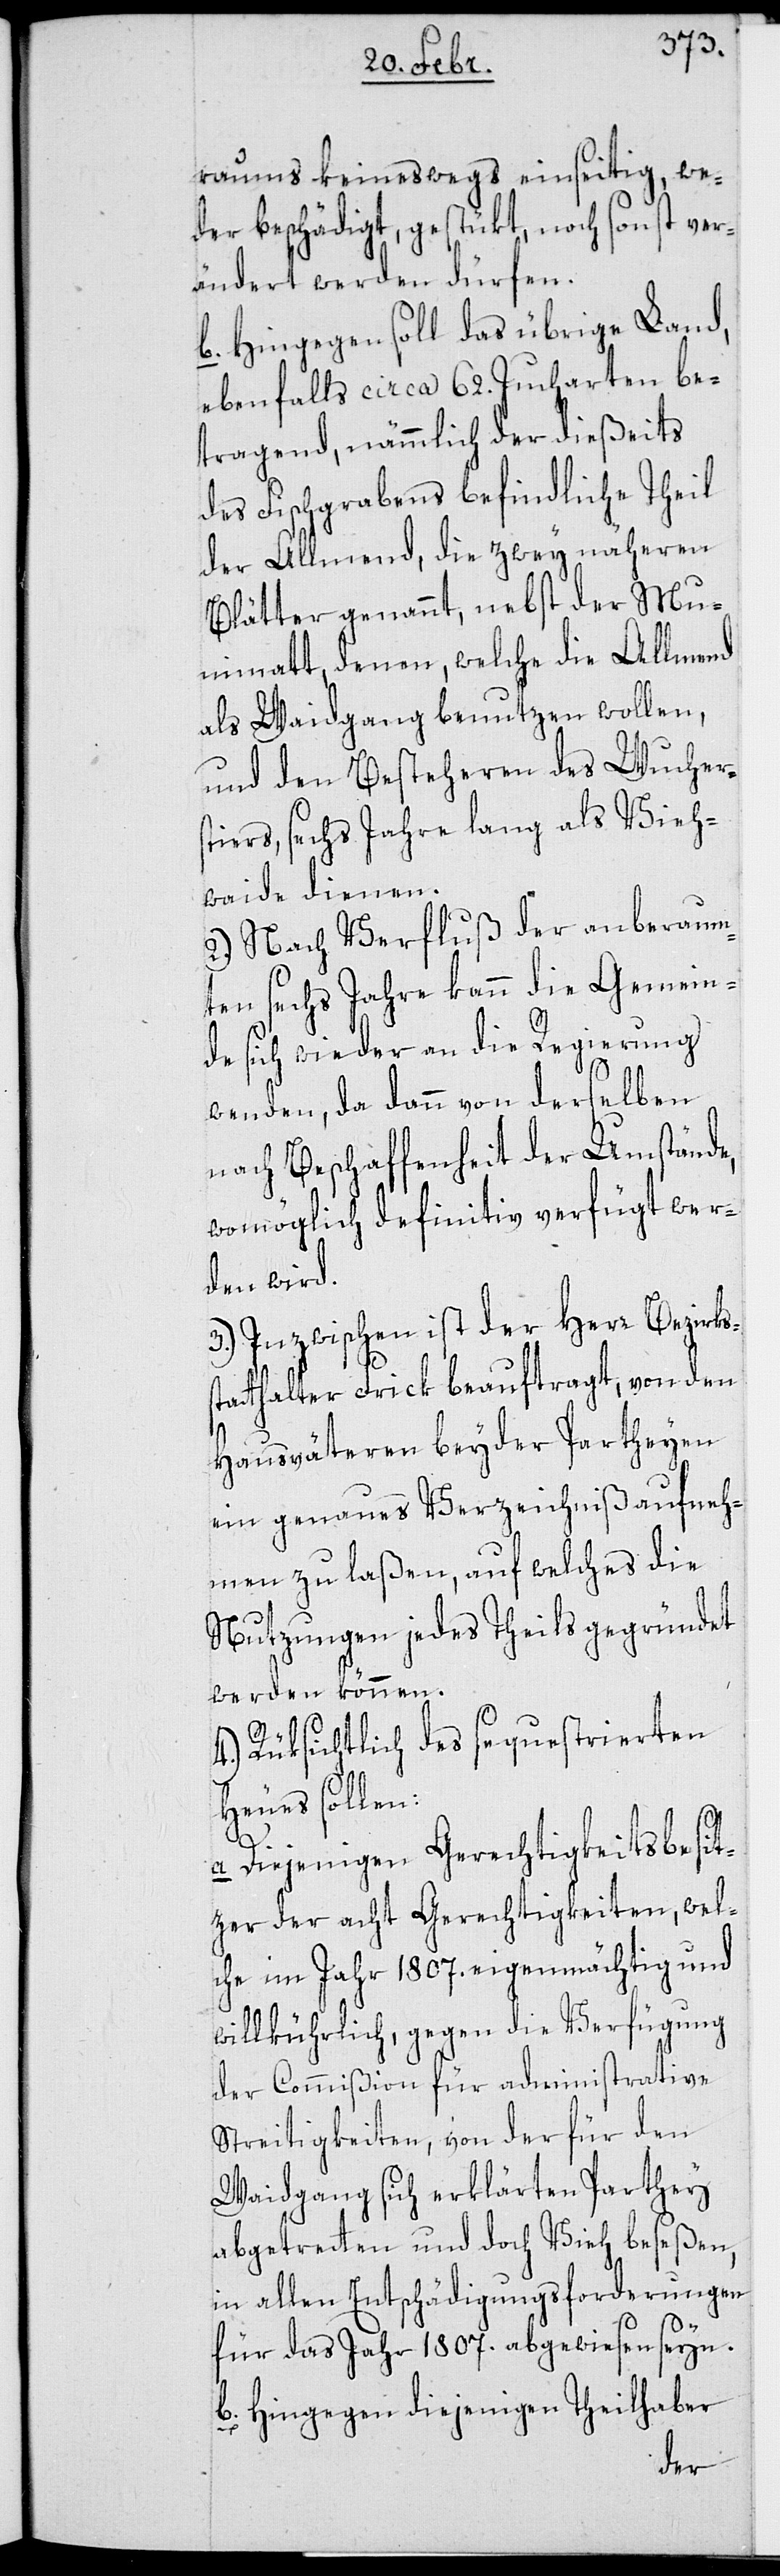
raums keineswegs einseitig, we¬
der beschädigt, gestükt, noch sonst ver¬
ändert werden dürfen.
b. Hingegen soll das übrige Land,
ebenfalls circa 62. Jucharten be¬
tragend, nämmlich der dießeits
des Fischgrabens befindliche Theil
der Allmend, die zwey näheren
Blätter genannt, nebst der Mu¬
nimatt, denen, welche die Allmend
als Waidgang benutzen wollen,
und den Besteheren des Wucher¬
stiers, sechs Jahre lang als Vieh¬
waide dienen.
2.) Nach Verfluß der anberaum¬
ten sechs Jahre kann die Gemein¬
de sich wieder an die Regierung
wenden, da dann von derselben
nach Beschaffenheit der Umstände,
womöglich definitiv verfügt wer¬
den wird.
3.) Inzwischen ist der Herr Bezirks¬
statthalter Frick beauftragt, von den
Hausväteren beyder Partheyen
ein genaues Verzeichniß aufneh¬
men zu laßen, auf welches die
Nutzungen jedes Theils gegründet
werden können.
4.) Rüksichtlich des sequestrierten
Heues sollen:
a. Diejenigen Gerechtigkeitsbesit¬
zer der acht Gerechtigkeiten, wel¬
che im Jahr 1807. eigenmächtig und
willkührlich, gegen die Verfügung
der Commißion für administrative
Streitigkeiten, von der für den
Waidgang sich erklärten Parthey
abgetretten und doch Vieh beseßen,
in allen Entschädigungsforderungen
für das Jahr 1807. abgewiesen seyn.
b. Hingegen diejenigen Theilhaber